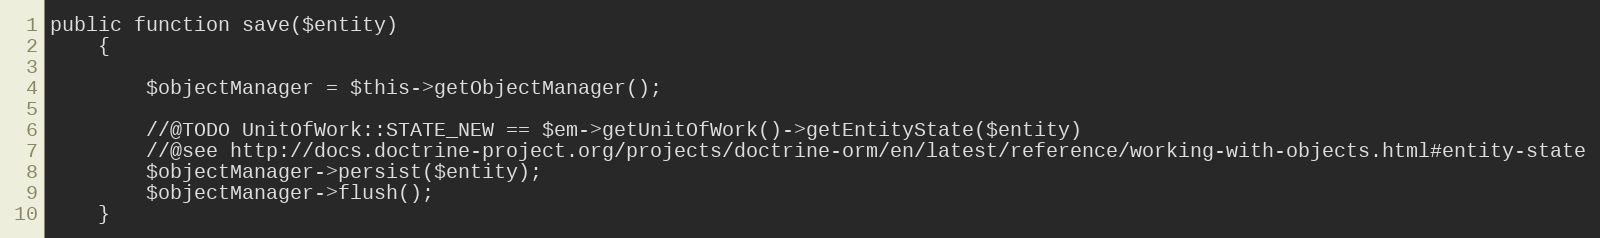
Language: PHP
public function save($entity)
    {

        $objectManager = $this->getObjectManager();

        //@TODO UnitOfWork::STATE_NEW == $em->getUnitOfWork()->getEntityState($entity)
        //@see http://docs.doctrine-project.org/projects/doctrine-orm/en/latest/reference/working-with-objects.html#entity-state
        $objectManager->persist($entity);
        $objectManager->flush();
    }